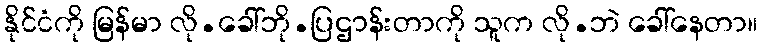
နိုင်ငံကို မြန်မာ လို.ခေါ်ဘို.ပြဌာန်းတာကို သူက လို.ဘဲ ခေါ်နေတာ။